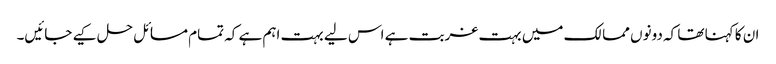
ان کا کہنا تھا کہ دونوں ممالک میں بہت غربت ہے اس لیے بہت اہم ہے کہ تمام مسائل حل کیے جائیں۔